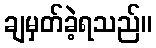
ချမှတ်ခဲ့ရသည်။